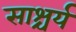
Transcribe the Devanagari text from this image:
साश्चर्य